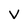
Character: V